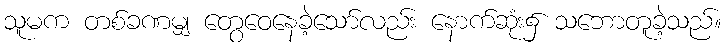
သူမက တစ်ခဏမျှ တွေဝေနေခဲ့သော်လည်း နောက်ဆုံး၌ သဘောတူခဲ့သည်။